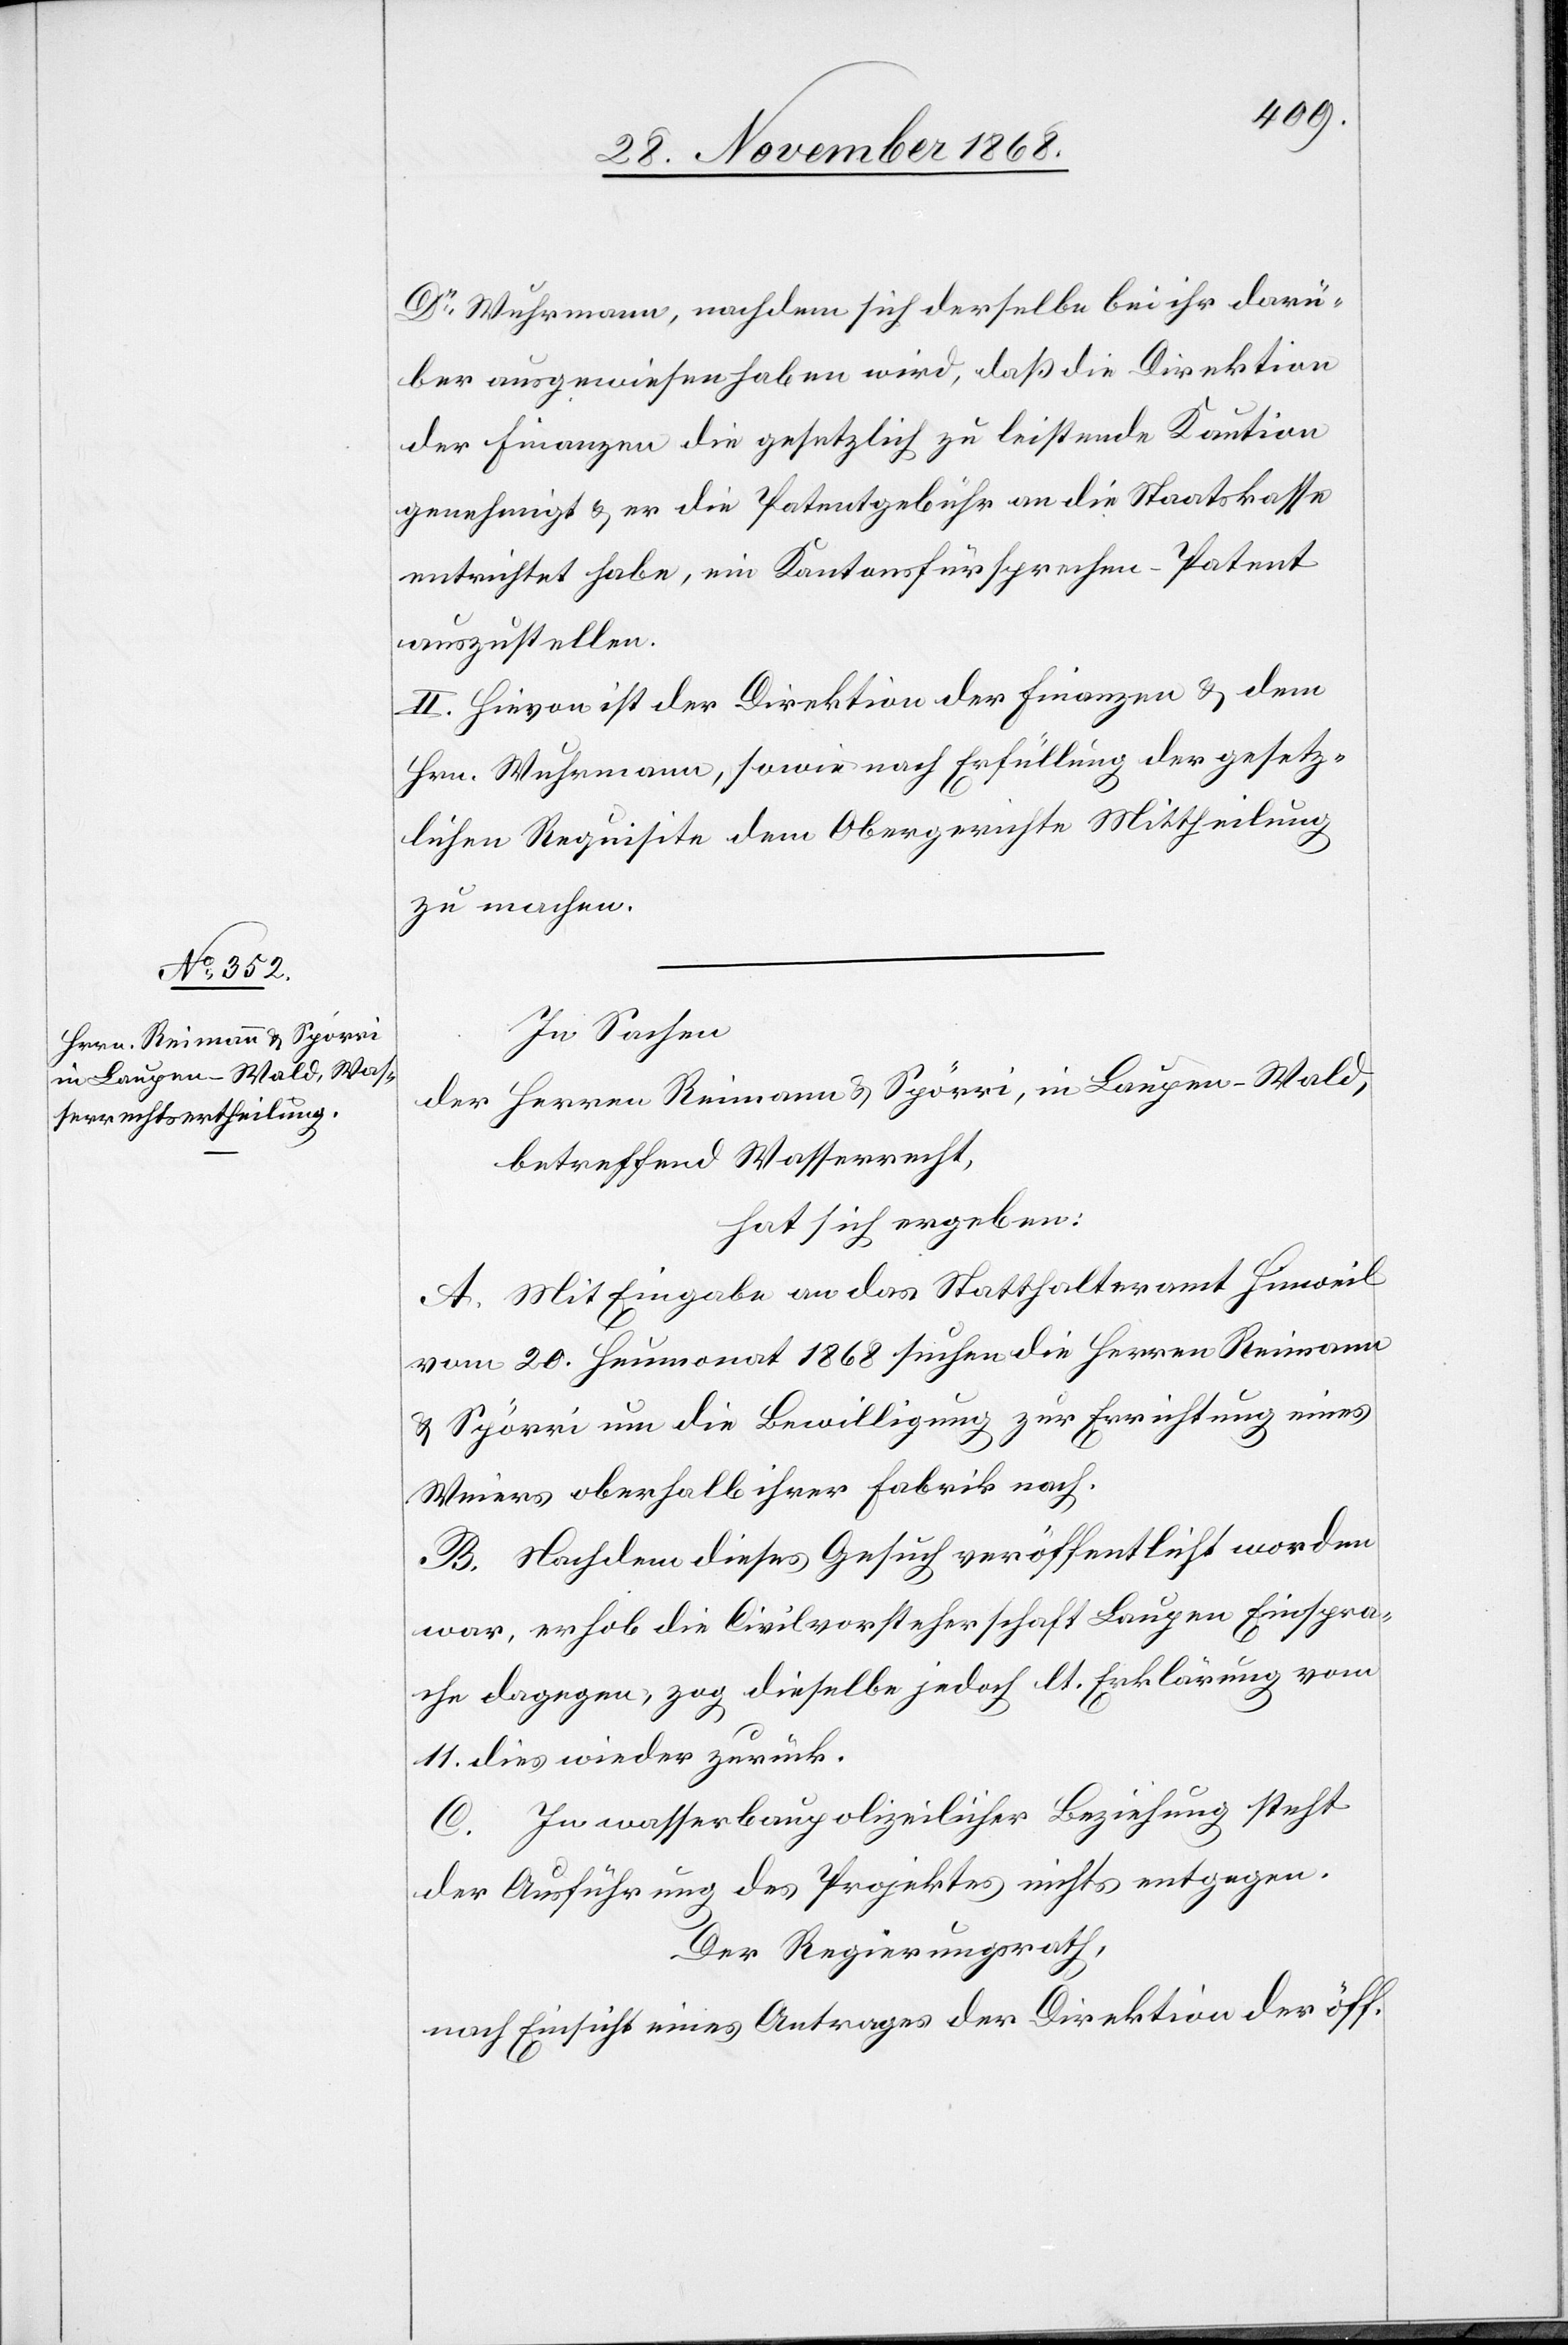
Dr Wuhrmann, nachdem sich derelbe bei ihr darü¬
ber ausgewiesen haben wird, daß die Direktion
der Finanzen die gesetzlich zu leistende Kaution
genehmigt & er die Patentgebühr an die Staatskasse
entrichtet habe, ein Kantonsfürsprechen-Patent
auszustellen.
II. Hievon ist der Direktion der Finanzen & dem
Hrn. Wuhrmann, sowie nach Erfüllung der gesetz¬
lichen Requisite dem Obergerichte Mittheilung
zu machen.
In Sachen
der Herren Reimann & Spörri, in Laupen - Wald,
betreffend Wasserrecht,
hat sich ergeben:
A. Mit Eingabe an das Statthalteramt Hinweil
vom 20. Heumonat 1868 suchen die Herren Reimann
& Spörri um die Bewilligung zur Errichtung eines
Weiers oberhalb ihrer Fabrik nach.
B. Nachdem dieses Gesuch veröffentlicht worden
war, erhob die Civilvorsteherschaft Laupen Einspra¬
che dagegen, zog dieselbe jedoch lt. Erklärung vom
11. dies wieder zurück.
C. In wasserbaupolizeilicher Beziehung steht
der Ausführung des Projektes nichts entgegen.
Der Regierungsrath,
nach Einsicht eines Antrages der Direktion der öff.